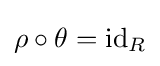
\rho \circ \theta =\operatorname {id} _{R}